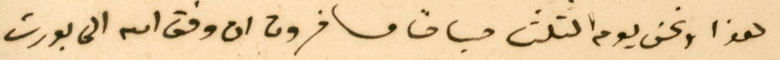
هذا ونحن يوم الثلثا صباحًا مسافرون ان وفق الله الى بورت